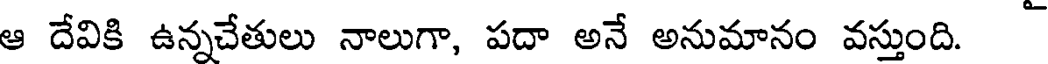
ఆ దేవికి ఉన్నచేతులు నాలుగా, పదా అనే అనుమానం వస్తుంది.